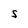
Character: S